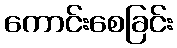
ကောင်းစေခြင်း